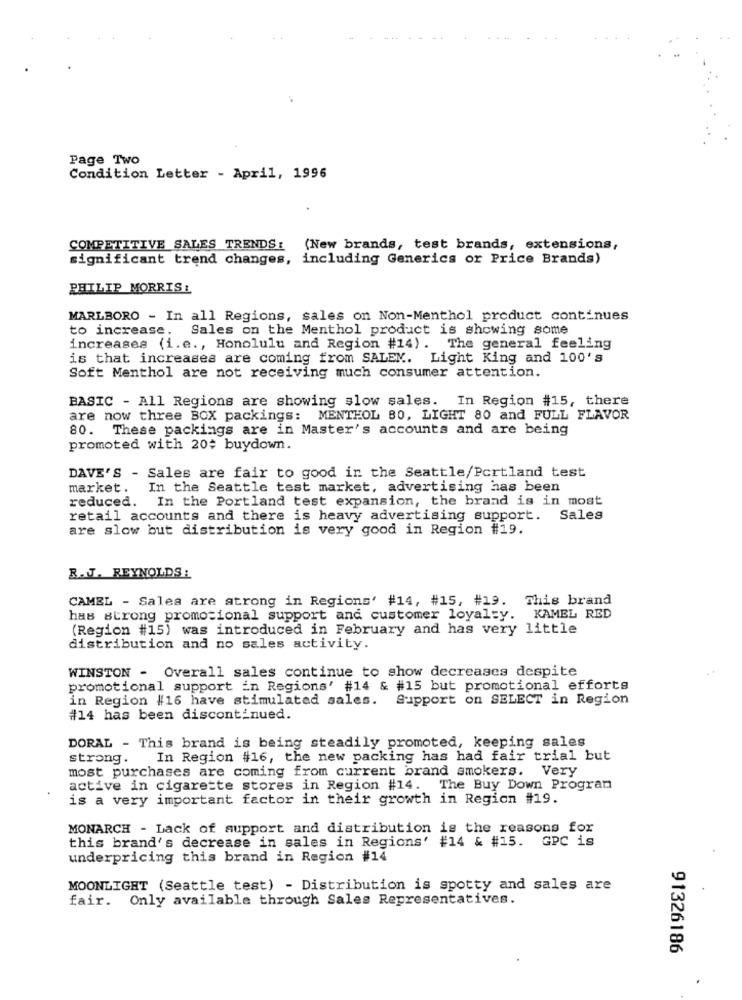
Page Two
Condition Letter - April, 1996
COMPETITIVE SALES TRENDS: (New brands, test brands, extensions,
significant trend changes, including Generics or Price Brands)
PHILIP MORRIS:
MARLBORO - In all Regions, sales on Non-Menthol product continues
to increase. Sales on the Menthol product is showing some
increases (i.e ., Honolulu and Region #14). The general feeling
is that increases are coming from SALEK. Light King and 100's
Soft Menthol are not receiving much consumer attention.
BASIC - All Regions are showing slow sales. In Region #15, there
are now three BOX packings: MENTHOL 80, LIGHT 80 and FULL FLAVOR
80. These packings are in Master's accounts and are being
promoted with 20$ buydown.
DAVE'S - Sales are fair to good in the Seattle/Portland test
market. In the Seattle test market, advertising has been
reduced. In the Portland test expansion, the brand is in most
retail accounts and there is heavy advertising support. Sales
are slow but distribution is very good in Region #19.
R.J. REYNOLDS:
CAMEL - Sales are strong in Regions' #14, #15, #19. This brand
has strong promotional support and customer loyalty. KAMEL RED
(Region #15) was introduced in February and has very little
distribution and no sales activity.
WINSTON - Overall sales continue to show decreases despite
promotional support in Regions' #14 & #15 but promotional efforts
in Region #16 have stimulated sales. Support on SELECT in Region
#14 has been discontinued.
DORAL - This brand is being steadily promoted, keeping sales
strong.
In Region #16, the new packing has had fair trial but
most purchases are coming from current brand smokers. Very
active in cigarette stores in Region #14. The Buy Down Program
is a very important factor in their growth in Region #19.
MONARCH - Lack of support and distribution is the reasons for
this brand's decrease in sales in Regions' #14 & #15. GPC is
underpricing this brand in Region #14
MOONLIGHT (Seattle test) - Distribution is spotty and sales are
fair. Only available through Sales Representatives.
91326186